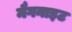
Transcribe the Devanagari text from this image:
मैगनाइट